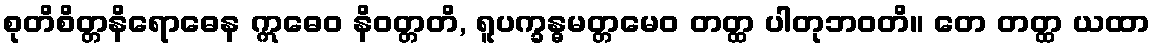
စုတိစိတ္တနိရောဓေန ဣဓေဝ နိဝတ္တတိ, ရူပက္ခန္ဓမတ္တမေဝ တတ္ထ ပါတုဘဝတိ။ တေ တတ္ထ ယထာ